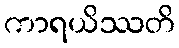
ကာရယိဿတိ